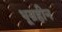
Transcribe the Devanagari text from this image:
धूम्रहीन